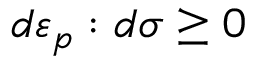
d { \boldsymbol { \varepsilon } } _ { p } : d { \boldsymbol { \sigma } } \geq 0